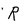
Character: R